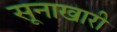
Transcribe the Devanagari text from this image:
सूनाखारी